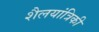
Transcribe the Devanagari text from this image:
शैलयांत्रिकी